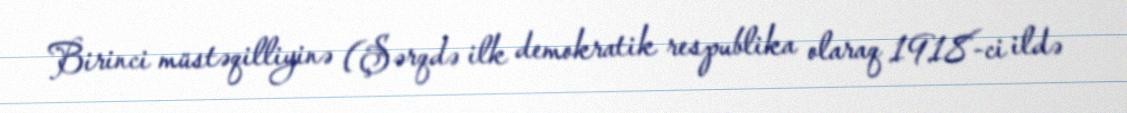
Birinci müstəqilliyinə (Şərqdə ilk demokratik respublika olaraq 1918-ci ildə